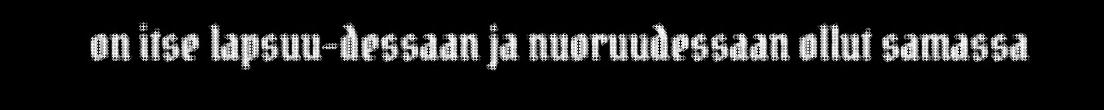
on itse lapsuu-dessaan ja nuoruudessaan ollut samassa